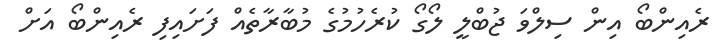
ރެއިންބޯ އިން ސިލްވަ ޖުބްލީ ލޯގޯ ކުރެހުމުގެ މުބާރާތެއް ފަށައިފި ރެއިންބޯ އަށް